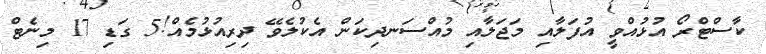
ކާސްޓްރޯ އުޅުއްވީ އުފަލާއި މަޖަލާއި މުއްސަނދިކަން އެކުލެވޭ ދިރިއުޅުމެއް!5 ގަޑި 17 މިނެޓް